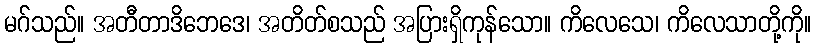
မဂ်သည်။ အတီတာဒိဘေဒေ၊ အတိတ်စသည် အပြားရှိကုန်သော။ ကိလေသေ၊ ကိလေသာတို့ကို။